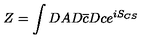
Z = \int D A D \overline { { c } } D c e ^ { i S _ { C S } }